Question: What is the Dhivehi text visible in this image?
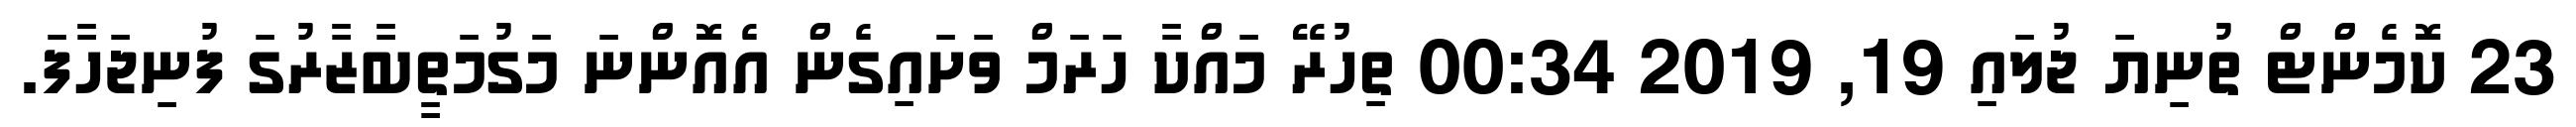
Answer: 23 ކޮމެންޓް ތުނިޔަ ޖުލައި 19, 2019 00:34 ތިހުރޭ މައްކާ ހަރަމް ވަށައިގެން އެއޮންނަ މަގުމަތީބާޒާރުގަ ފުނިޖަހާފަ.